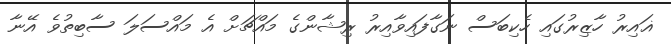
ޣައިރު ހާޒިރުގައި ހެކިބަސް ނަގާފައިވާއިރު ރިޝާންގެ މައްޗަށް އެ މައްސަލަ ސާބިތުވެ އޭނާ